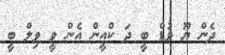
ދެން ޔޫ ވުޑް ބީ ދަ ކްއީން އެން ވީ ވިލް ބީ